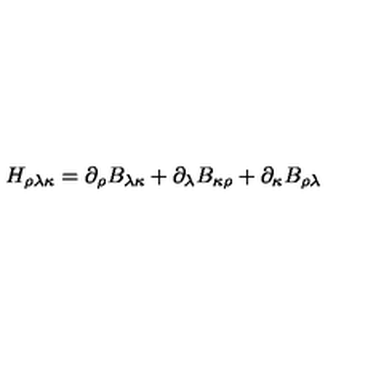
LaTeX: H _ { \rho \lambda \kappa } = \partial _ { \rho } B _ { \lambda \kappa } + \partial _ { \lambda } B _ { \kappa \rho } + \partial _ { \kappa } B _ { \rho \lambda }